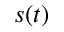
s ( t )